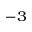
^ { - 3 }